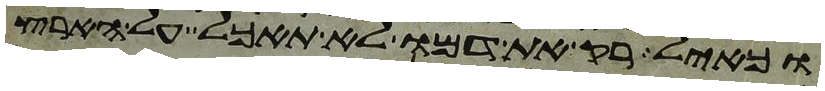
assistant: וכאיל רק את דמו לא תאכל על הארץ